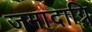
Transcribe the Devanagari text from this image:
जमादाग्नि